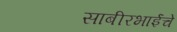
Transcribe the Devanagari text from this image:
साबीरभाईंचे